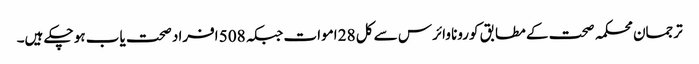
ترجمان محکمہ صحت کے مطابق کورونا وائرس سے کل 28 اموات جبکہ 508 افراد صحت یاب ہو چکے ہیں۔